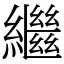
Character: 繼